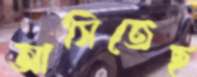
আসিতেছ